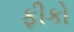
ફીકો